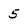
Character: 5